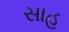
સાહ